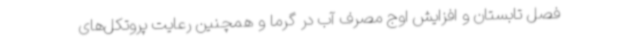
فصل تابستان و افزایش اوج مصرف آب در گرما و همچنین رعایت پروتکل‌های